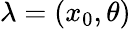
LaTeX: \lambda=\left(x_{0},\theta\right)